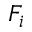
F _ { i }